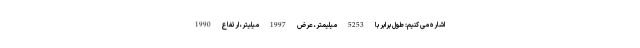
اشاره می کنیم: طول برابر با 5253 میلیمتر، عرض 1997 میلیتر، ارتفاع1990